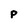
Character: P